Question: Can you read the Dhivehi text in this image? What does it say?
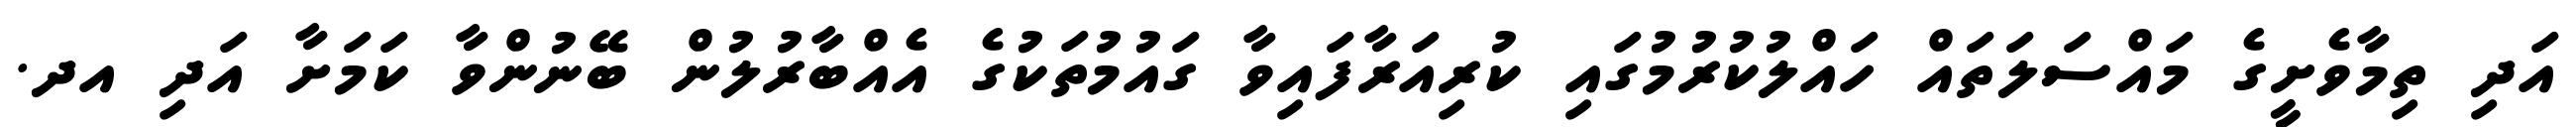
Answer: އަދި ތިމާވެށީގެ މައްސަލަތައް ހައްލުކުރުމުގައި ކުރިއަރާފައިވާ ގައުމުތަކުގެ އެއްބާރުލުން ބޭނުންވާ ކަމަށާ އަދި އދ.